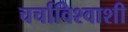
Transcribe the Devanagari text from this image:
चर्चाविश्वाशी